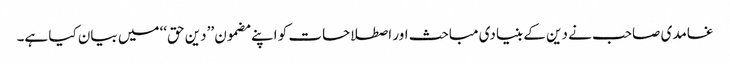
غامدی صاحب نے دین کے بنیادی مباحث اور اصطلاحات کو اپنے مضمون ’’دین حق‘‘ میں بیان کیا ہے۔